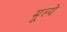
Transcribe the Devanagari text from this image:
मूल्‍ये